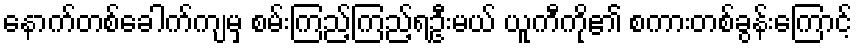
နောက်တစ်ခေါက်ကျမှ စမ်းကြည့်ကြည့်ရဦးမယ် ယူကီကို၏ စကားတစ်ခွန်းကြောင့်